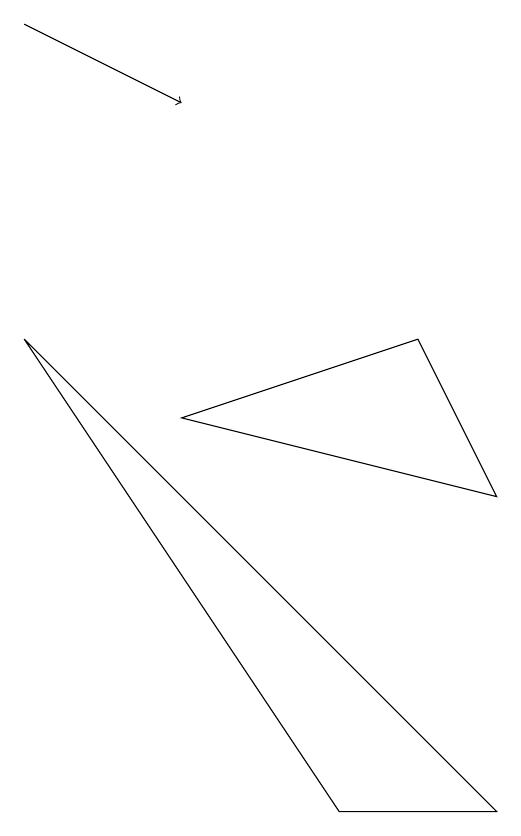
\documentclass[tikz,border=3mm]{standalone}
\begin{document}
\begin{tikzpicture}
\draw (5,1) -- (7,1) -- (1,7) -- cycle;
\draw[->] (1,11) -- (3,10);
\draw (3,6) -- (7,5) -- (6,7) -- cycle;
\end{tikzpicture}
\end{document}